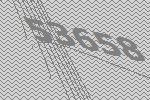
53658